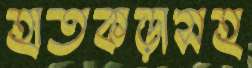
হাতকড়াসহ